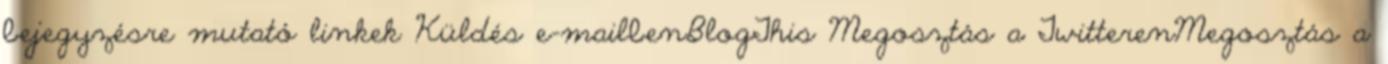
bejegyzésre mutató linkek Küldés e-mailbenBlogThis Megosztás a TwitterenMegosztás a